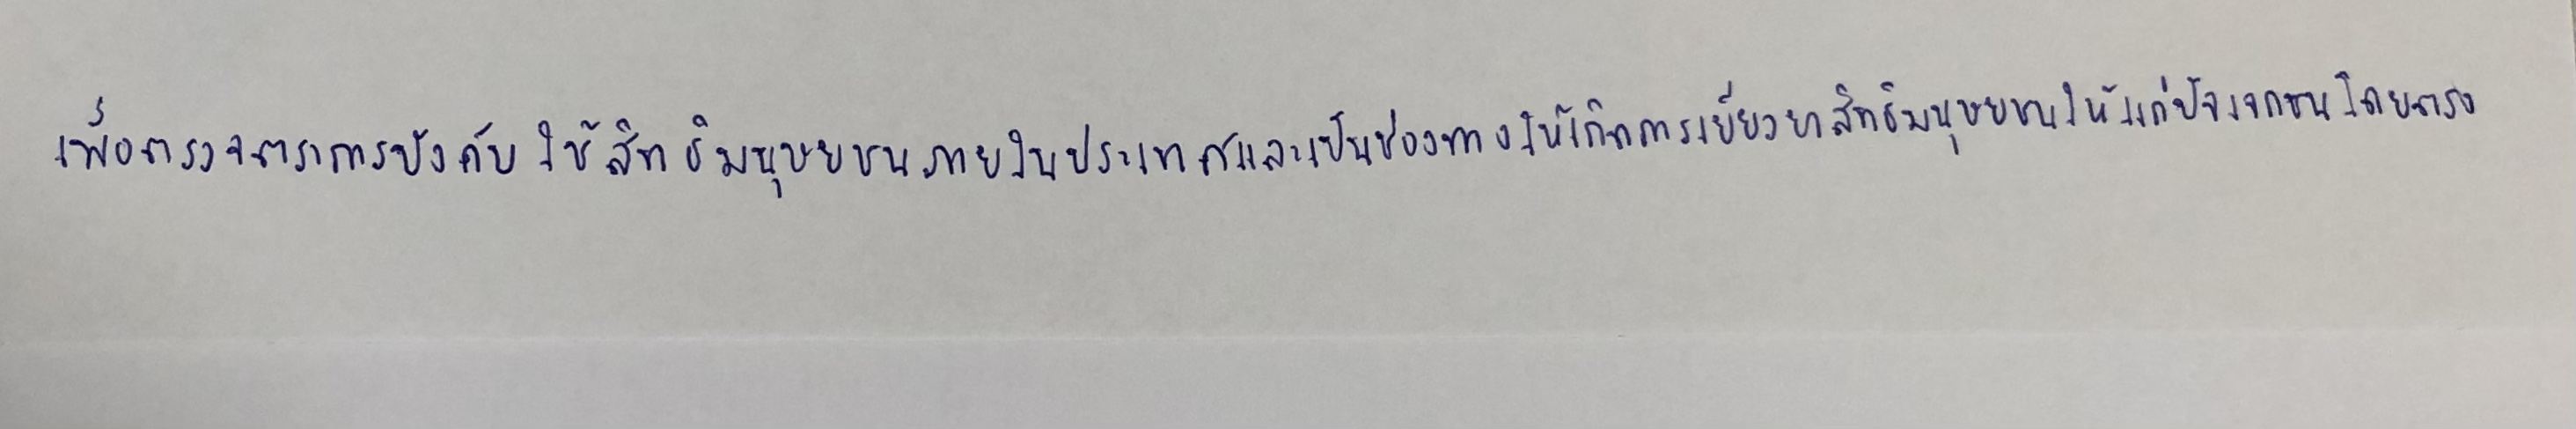
เพื่อตรวจตราการบังคับใช้สิทธิมนุษยชนภายในประเทศและเป็นช่องทางให้เกิดการเยียวยาสิทธิมนุษยชนให้แก่ปัจเจกชนโดยตรง